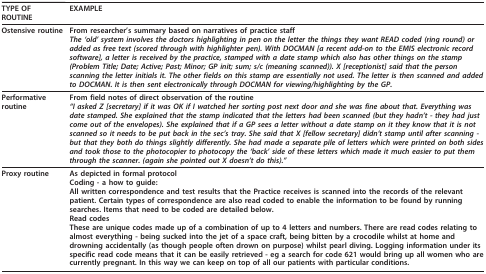
<table><thead><tr><td><b>TYPE OF ROUTINE</b></td><td><b>EXAMPLE</b></td></tr></thead><tbody><tr><td><b>Ostensive routine</b></td><td><b>From researcher&#x27;s summary based on narratives of practice staff</b><i>The &#x27;old&#x27; system involves the doctors highlighting in pen on the letter the things they want READ coded (ring round) or added as free text (scored through with highlighter pen). With DOCMAN [a recent add-on to the EMIS electronic record software], a letter is received by the practice, stamped with a date stamp which also has other things on the stamp (Problem Title; Date; Active; Past; Minor; GP init; sum; s/c (meaning scanned)). X [receptionist] said that the person scanning the letter initials it. The other fields on this stamp are essentially not used. The letter is then scanned and added to DOCMAN. It is then sent electronically through DOCMAN for viewing/highlighting by the GP</i>.</td></tr><tr><td><b>Performative routine</b></td><td><b>From field notes of direct observation of the routine</b><i>&quot;I asked Z [secretary] if it was OK if I watched her sorting post next door and she was fine about that. Everything was date stamped. She explained that the stamp indicated that the letters had been scanned (but they hadn&#x27;t - they had just come out of the envelopes). She explained that if a GP sees a letter without a date stamp on it they know that it is not scanned so it needs to be put back in the sec&#x27;s tray. She said that X [fellow secretary] didn&#x27;t stamp until after scanning - but that they both do things slightly differently. She had made a separate pile of letters which were printed on both sides and took those to the photocopier to photocopy the &#x27;back&#x27; side of these letters which made it much easier to put them through the scanner. (again she pointed out X doesn&#x27;t do this).&quot;</i></td></tr><tr><td><b>Proxy routine</b></td><td><b>As depicted in formal protocol</b>Coding - a how to guide:All written correspondence and test results that the Practice receives is scanned into the records of the relevant patient. Certain types of correspondence are also read coded to enable the information to be found by running searches. Items that need to be coded are detailed below.Read codesThese are unique codes made up of a combination of up to 4 letters and numbers. There are read codes relating to almost everything - being sucked into the jet of a space craft, being bitten by a crocodile whilst at home and drowning accidentally (as though people often drown on purpose) whilst pearl diving. Logging information under its specific read code means that it can be easily retrieved - eg a search for code 621 would bring up all women who are currently pregnant. In this way we can keep on top of all our patients with particular conditions.</td></tr></tbody></table>